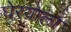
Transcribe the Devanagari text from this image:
घेऱ्याला